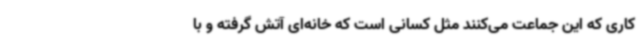
کاری که این جماعت می‌کنند مثل کسانی است که خانه‌ای آتش گرفته و با